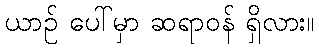
ယာဉ် ပေါ်မှာ ဆရာဝန် ရှိလား။